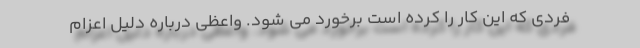
فردی که این کار را کرده است برخورد می شود. واعظی درباره دلیل اعزام